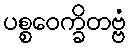
ပစ္စဝေက္ခိတဗ္ဗံ